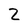
Character: z